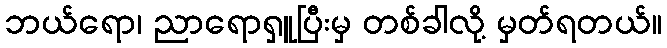
ဘယ်ရော၊ ညာရောရှူပြီးမှ တစ်ခါလို့ မှတ်ရတယ်။